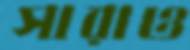
সারাও